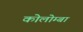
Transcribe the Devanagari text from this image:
कोलोम्बा